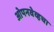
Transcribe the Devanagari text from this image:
ओपनवेव्हचा